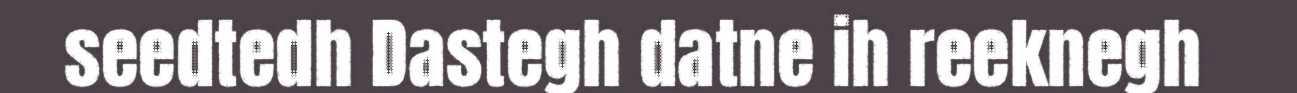
seedtedh Dastegh datne ih reeknegh